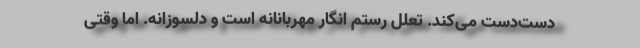
دست‌دست می‌کند. تعلل رستم انگار مهربانانه است و دلسوزانه. اما وقتی